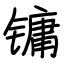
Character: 镛